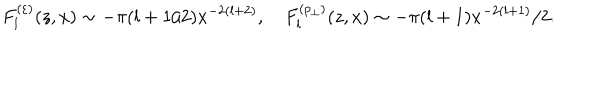
LaTeX: F _ { l } ^ { ( \varepsilon ) } ( z , x ) \sim - \pi ( l + 1 / 2 ) x ^ { - 2 ( l + 2 ) } , \quad F _ { l } ^ { ( p _ { \perp } ) } ( z , x ) \sim - \pi ( l + 1 ) x ^ { - 2 ( l + 1 ) } / 2 .